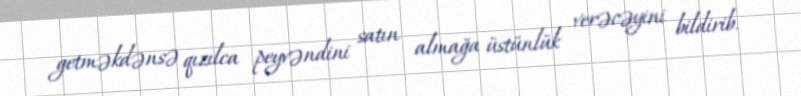
getməkdənsə qızılca peyvəndini satın almağa üstünlük verəcəyini bildirib.